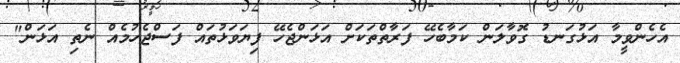
އެހެންވީމާ އަޅުގަނޑު ގޮވާލަން ކަމާބެހޭ ފަރާތްތަކަށް އަޅަންޖެހޭ ފިޔަވަޅުތައް ފަސްޖެހުމެއް ނެތި އަޅަން"